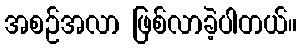
အစဉ်အလာ ဖြစ်လာခဲ့ပါတယ်။